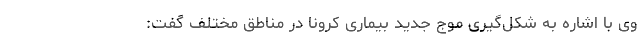
وی با اشاره به شکل‌گیری موج جدید بیماری کرونا در مناطق مختلف گفت: